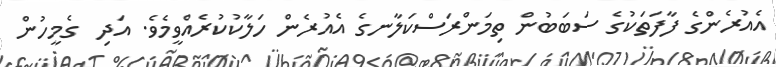
އެއުރެންގެ ފާފަތަކުގެ ސަބަބުން ތިމަންރަސްކަލާނގެ އެއުރެން ހަލާކުކުރެއްވީމެވެ. އަދި  ގެމީހުން